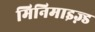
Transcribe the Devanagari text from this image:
मिनिमाइज़्ड